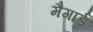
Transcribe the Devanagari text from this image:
मैगार्ड